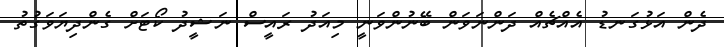
ދެން އަޅުގަނޑު އެއްޗެއް ދަންނަވަން ބޭނުންވަނީ މިއަދު ރައީސް ނަޝީދު ކޯޓަށް ގެންދިޔަވަގުތު